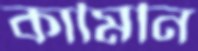
কামিনি